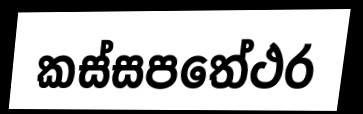
කස්සපතේථර